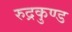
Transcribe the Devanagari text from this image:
रुद्रकुण्ड